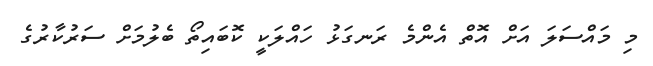
މި މައްސަލަ އަށް އޮތް އެންމެ ރަނގަޅު ހައްލަކީ ކޮބައިތޯ ބެލުމަށް ސަރުކާރުގެ